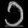
Digit: ၁